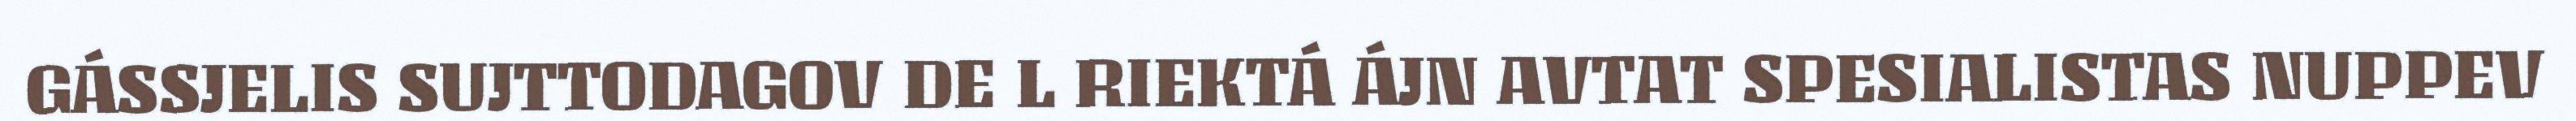
GÁSSJELIS SUJTTODAGOV DE L RIEKTÁ ÁJN AVTAT SPESIALISTAS NUPPEV